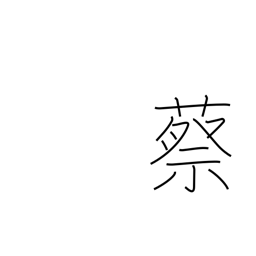
Meaning: type of tortoise used for divination